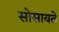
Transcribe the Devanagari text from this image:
सोसायते